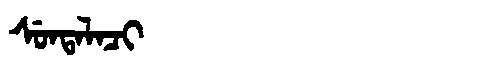
Manchu: ᠰᡠᠨᡨᠠᠯᠠᠴᡳ
Romanization: SUNTALACI